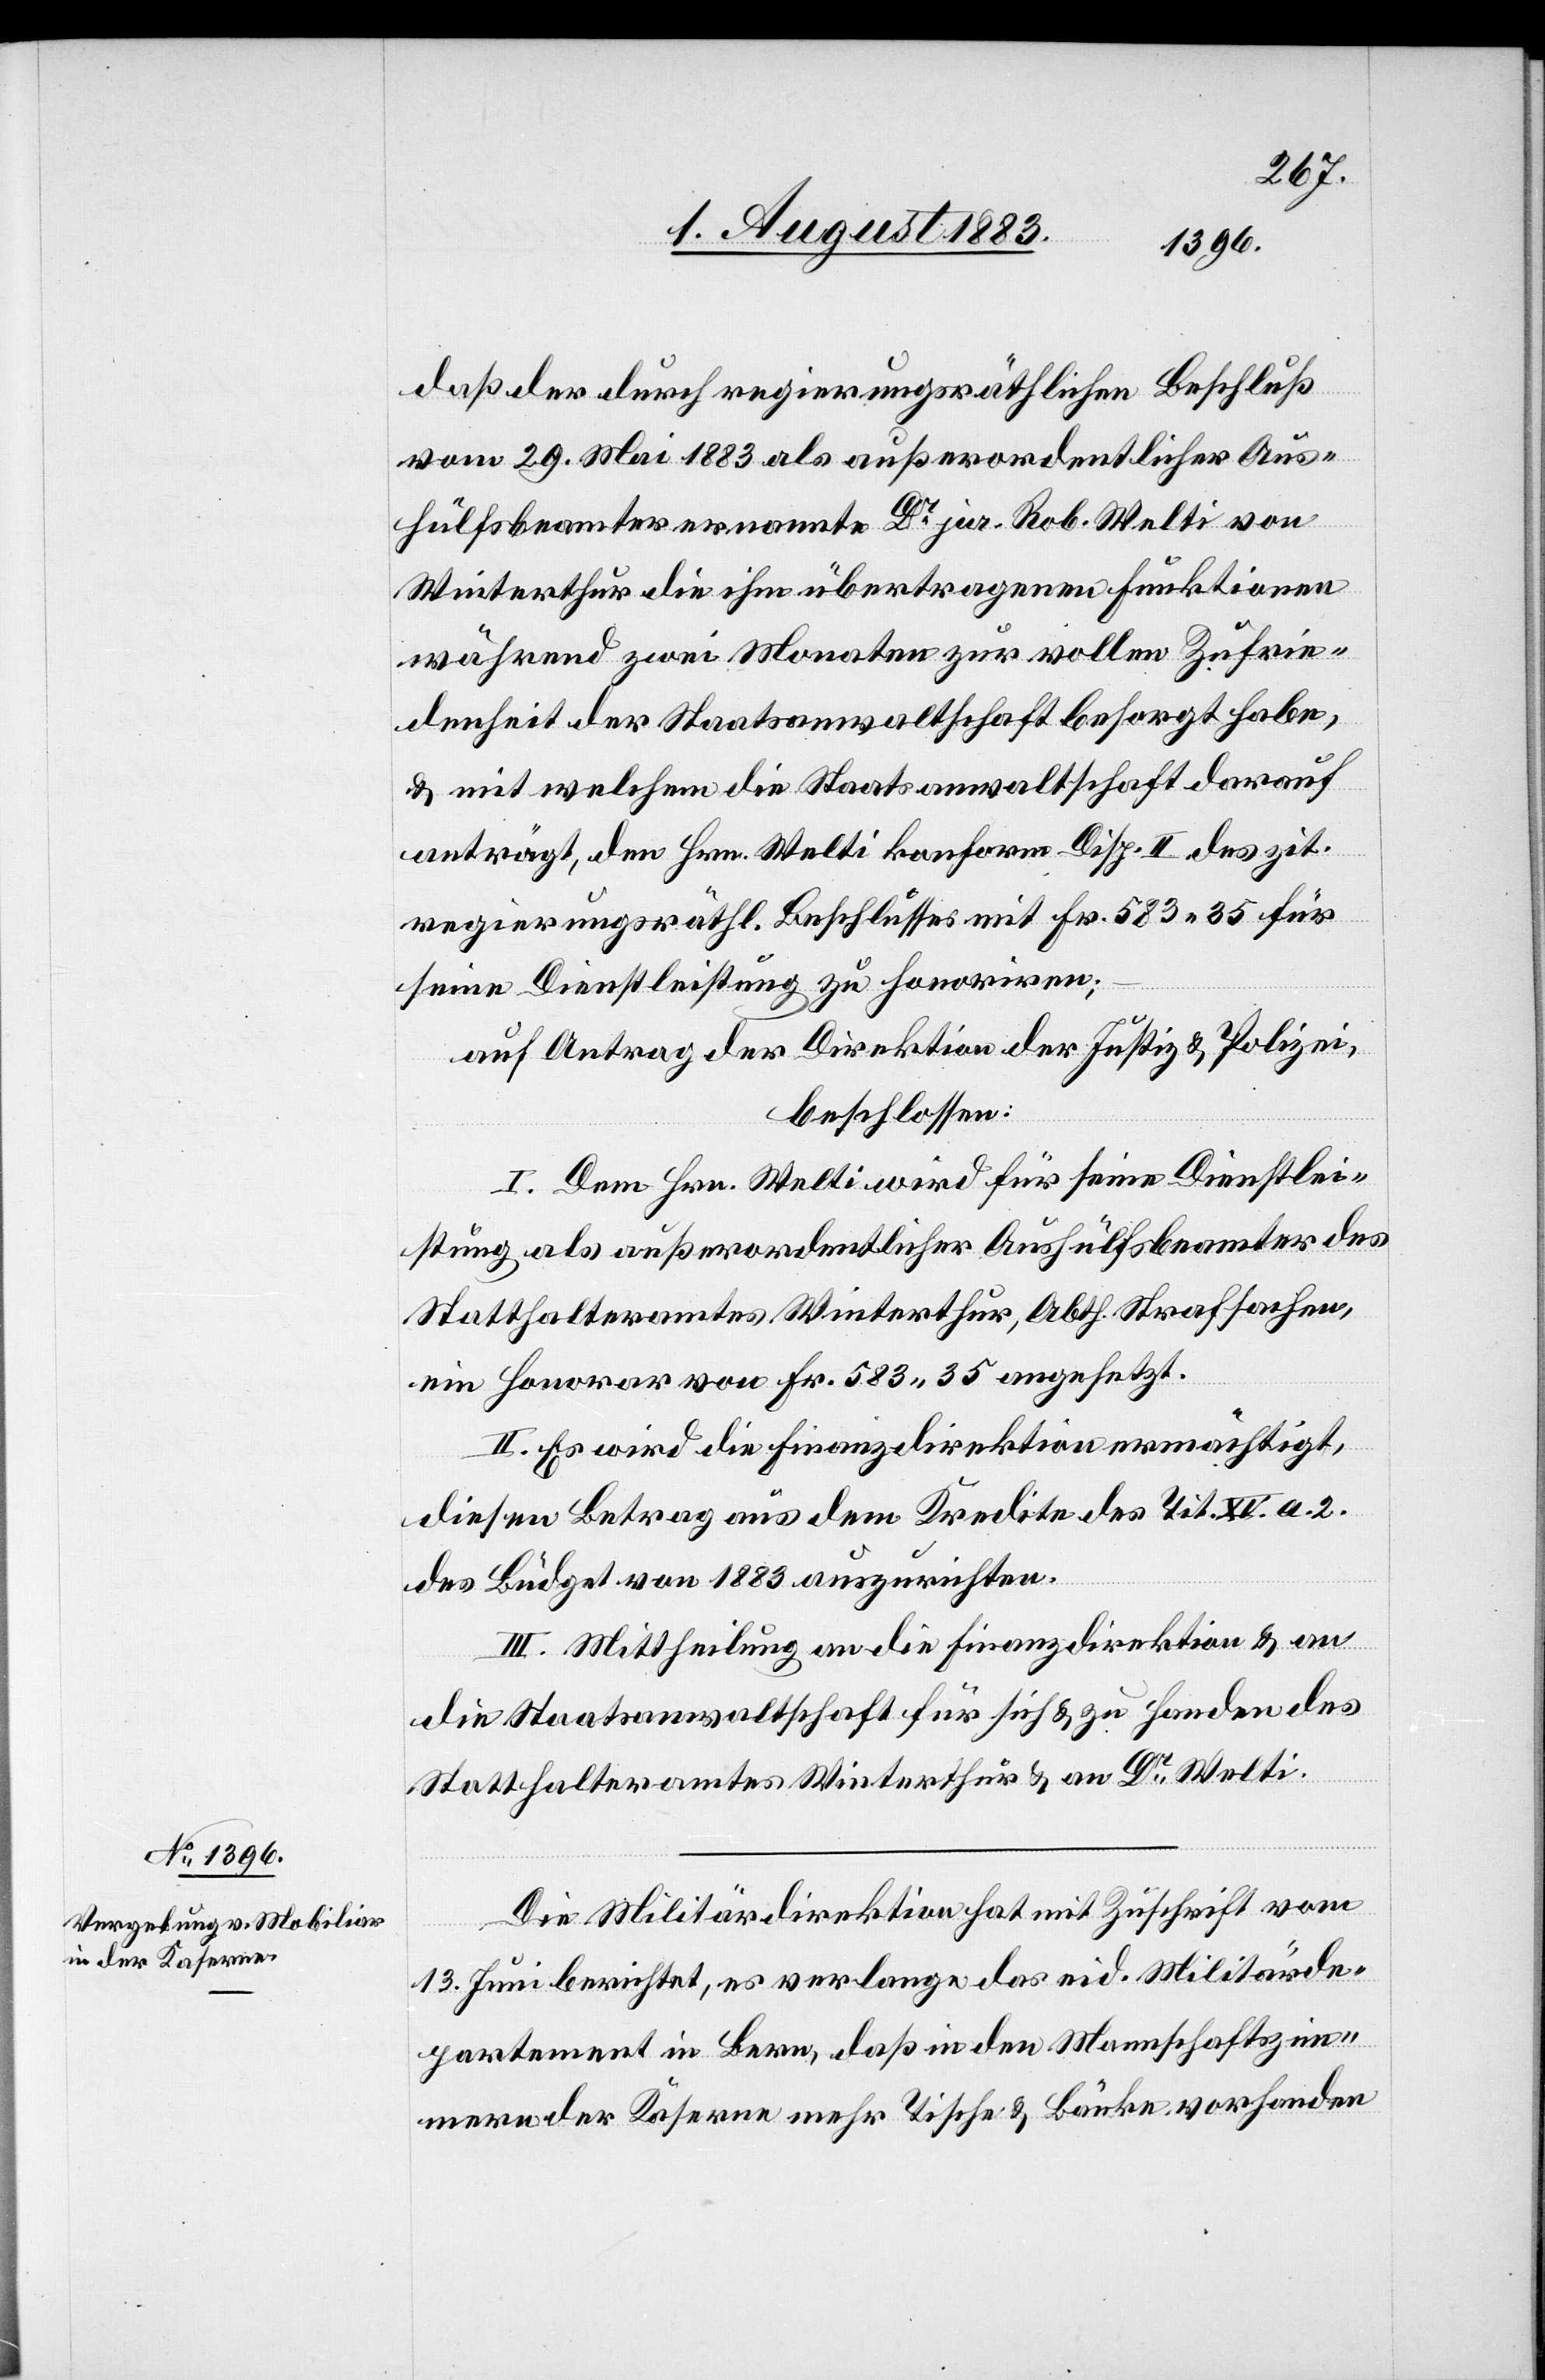
daß der durch regierungsräthlichen Beschluß
vom 29. Mai 1883 als außerordentlicher Aus¬
hülfsbeamter ernannte Dr jur. Rob. Welti von
Winterthur die ihm übertragenen Funktionen
während zwei Monaten zur vollen Zufrie¬
denheit der Staatsanwaltschaft besorgt habe,
& mit welchem die Staatsanwaltschaft darauf
anträgt, den Hrn. Welti konform Disp. II des zit.
regierungsräthl. Beschlusses mit Fr. 583 35 für
seine Dienstleistung zu honoriren;
auf Antrag der Direktion der Justiz & Polizei,
beschlossen:
I. Dem Hrn. Welti wird für seine Dienstlei¬
stung als außerordentlicher Aushülfsbeamter des
Statthalteramtes Winterthur, Abth. Strafsachen,
ein Honorar von Fr. 583 35 angesetzt.
II. Es wird die Finanzdirektion ermächtigt,
diesen Betrag aus dem Kredite des Tit. XV. a. 2.
des Büdget von 1883 auszurichten.
III. Mittheilung an die Finanzdirektion & an
die Staatsanwaltschaft für sich & zu Handen des
Statthalteramt Winterthur & an Dr Welti.
Die Militärdirektion hat mit Zuschrift vom
13. Juni berichtet, es verlange das eid. Militärde¬
partement in Bern, daß in den Mannschaftszim¬
mern der Kaserne mehr Tische & Bänke vorhanden